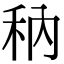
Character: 䄲